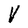
Character: V